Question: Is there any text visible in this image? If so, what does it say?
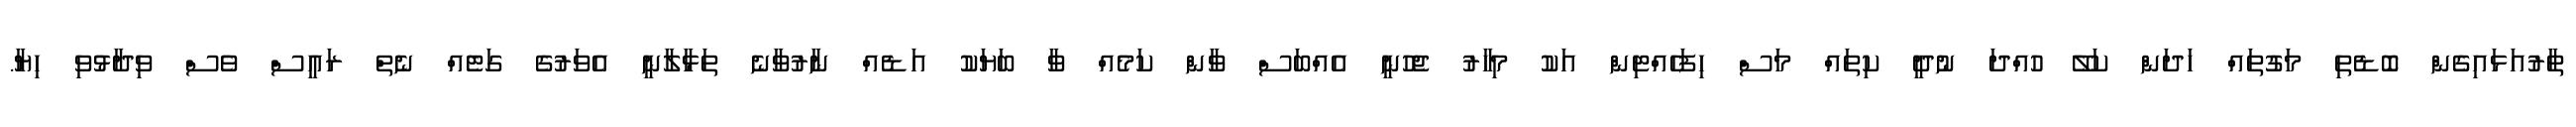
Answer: ތާރުއަޅައިގެން ބޮޑެތި މަގުތައް ހަދަން ކަލޭ ހުއްދަ ނުދީ ކިތައް މަސް ހިފަހެއްޓިން އަކު މިހާރު ޖެހުނީ އެއްބަސް ވާން ކަމެއް ވާ ބަޔަކު އަޑެއް ނާރުވާނެ ތަޅާލާނީ އެވަރުގެ ގަޓެއް ނެތް ރައީސް ވެސް ވިދާޅުވި ހިޔާ.